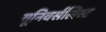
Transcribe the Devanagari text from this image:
यूनिवर्सलिस्ट